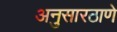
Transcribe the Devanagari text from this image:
अनुसारठाणे